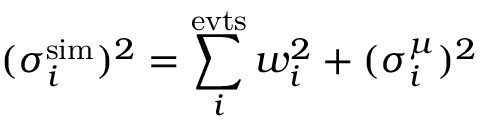
( \sigma _ { i } ^ { \mathrm { s i m } } ) ^ { 2 } = \sum _ { i } ^ { \mathrm { e v t s } } w _ { i } ^ { 2 } + ( \sigma _ { i } ^ { \mu } ) ^ { 2 }